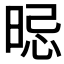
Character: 𣇡